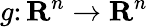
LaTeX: g\colon\mathbf{R}^{n}\to\mathbf{R}^{n}